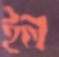
ইল